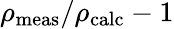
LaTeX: \rho_{\mathrm{meas}}/\rho_{\mathrm{calc}}-1